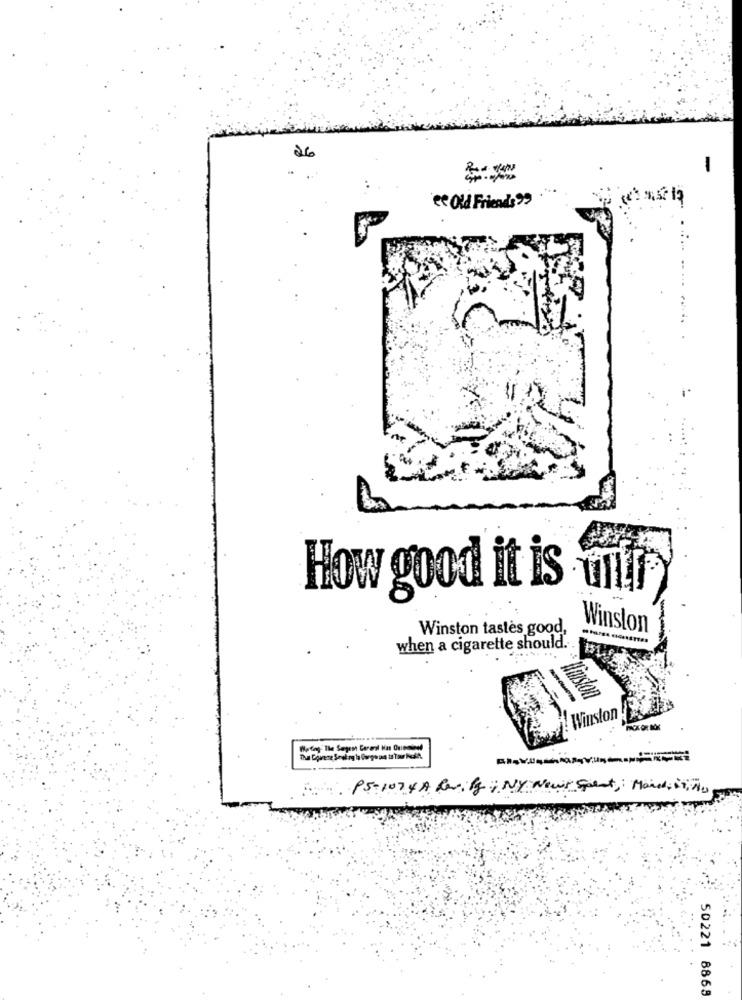
26
"e Old Friends"
How good it is untl
-
Winston tastes good,
Winston
when a cigarette should.
Winston
My tag The Segest Corenal Has Ouionland
Ps- 107 4 A Revily; MY News Spent, Mais, it, No
50221 8868